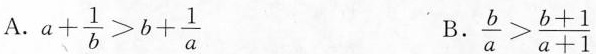
A.$$a + \frac { 1 } { b } > b + \frac { 1 } { a }$$ B.$$\frac { b } { a } > \frac { b + 1 } { a + 1 }$$